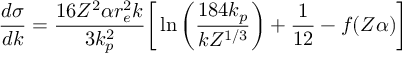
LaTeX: { \frac { d \sigma } { d k } } = { \frac { 1 6 Z ^ { 2 } \alpha r _ { e } ^ { 2 } k } { 3 k _ { p } ^ { 2 } } } \bigg [ \ln { \bigg ( { \frac { 1 8 4 k _ { p } } { k Z ^ { 1 / 3 } } } \bigg ) } + { \frac { 1 } { 1 2 } } - f ( Z \alpha ) \bigg ]